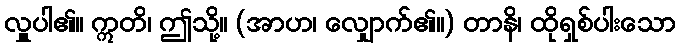
လှူပါ၏။ ဣတိ၊ ဤသို့။ (အာဟ၊ လျှောက်၏။) တာနိ၊ ထိုရှစ်ပါးသော